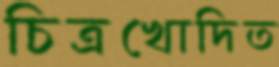
চিত্রখোদিত